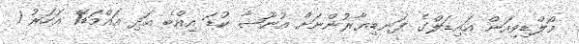
މޯލްޑިވިއަން އައިޑަލްގެ ފަނޑިޔާރުންނަށް އުނޫޝާ ކުޑަ އިއްބެ އަދި އައްމަޑޭ1 އަހަރު 1